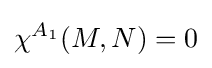
\chi ^{A_{1}}(M,N)=0